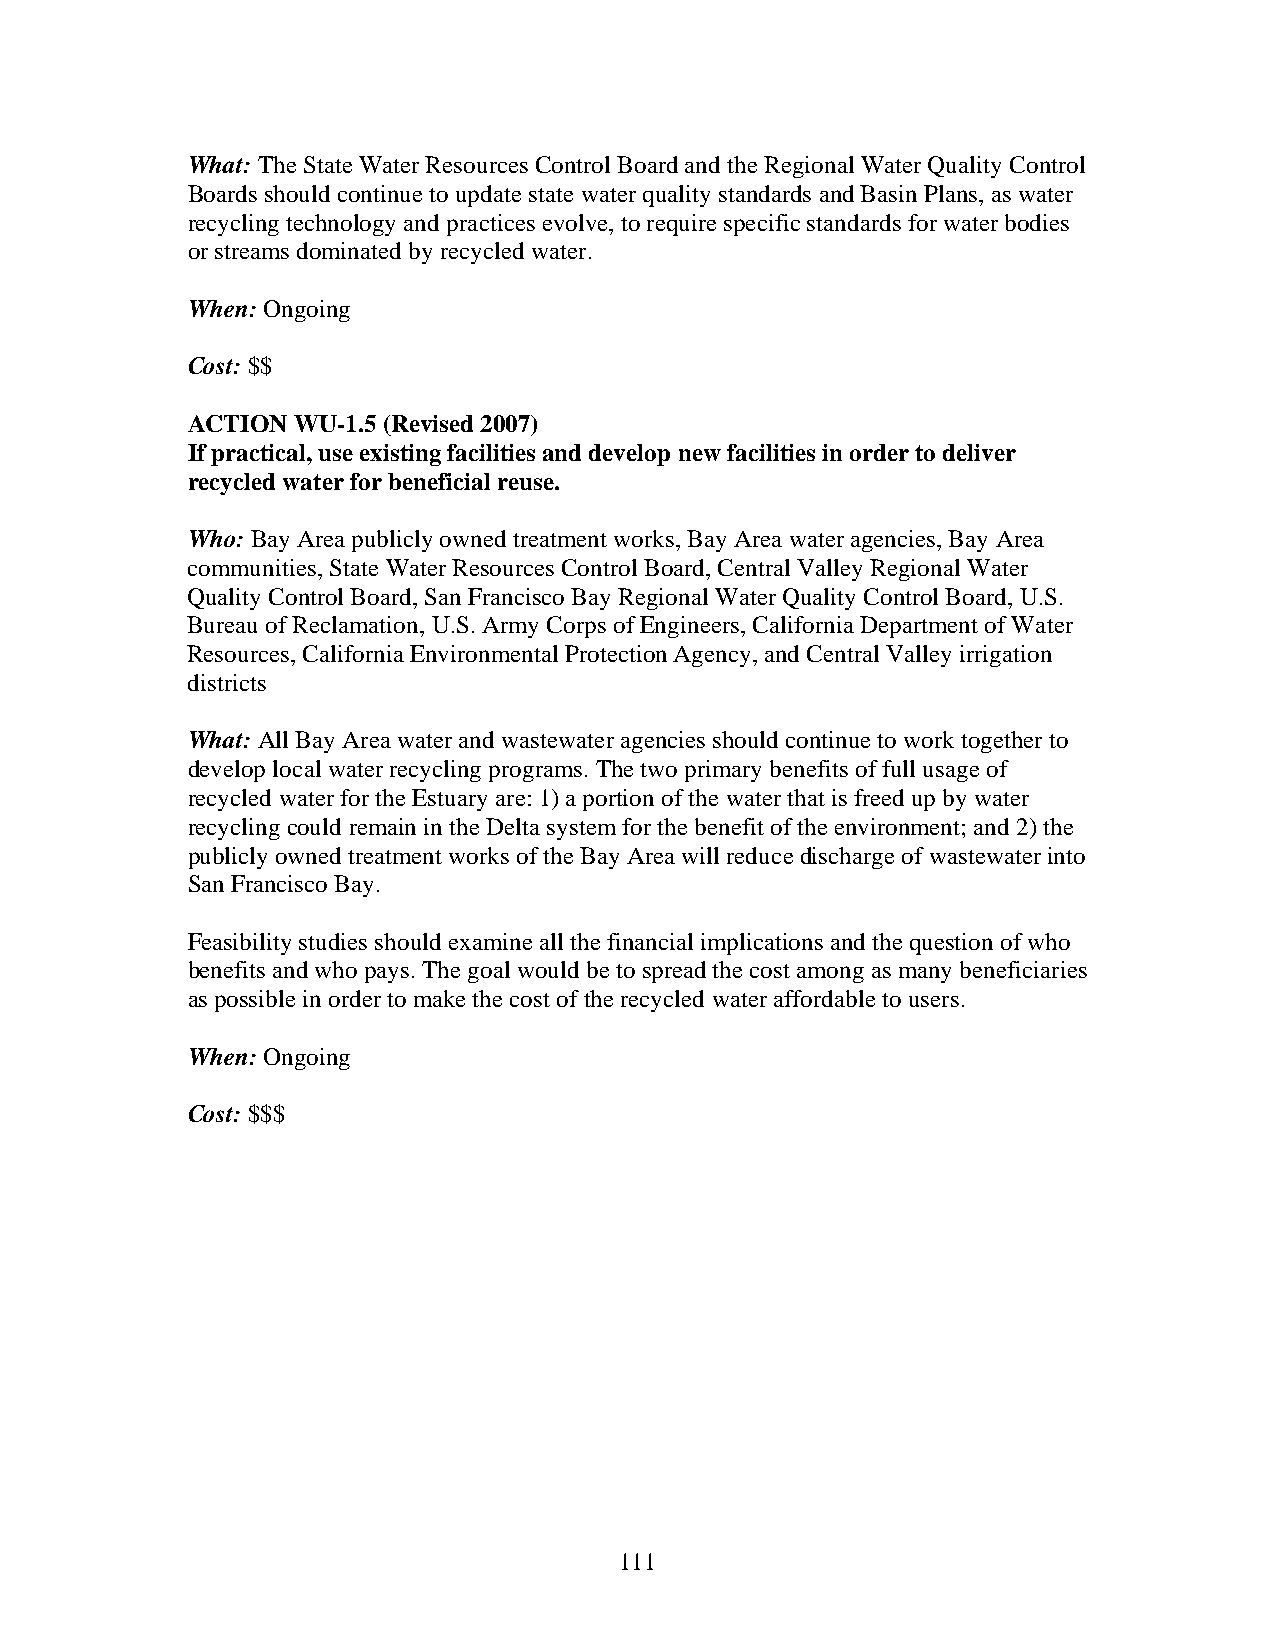
What: The State Water Resources Control Board and the Regional Water Quality Control
 Boards should continue to update state water quality standards and Basin Plans, as water
 recycling technology and practices evolve, to require specific standards for water bodies
 or streams dominated by recycled water.
 When: Ongoing
 Cost: $$
 ACTION WU-1.5 (Revised 2007)
 If practical, use existing facilities and develop new facilities in order to deliver
 recycled water for beneficial reuse.
 Who: Bay Area publicly owned treatment works, Bay Area water agencies, Bay Area
 communities, State Water Resources Control Board, Central Valley Regional Water
 Quality Control Board, San Francisco Bay Regional Water Quality Control Board, U.S.
 Bureau of Reclamation, U.S. Army Corps of Engineers, California Department of Water
 Resources, California Environmental Protection Agency, and Central Valley irrigation
 districts
 What: All Bay Area water and wastewater agencies should continue to work together to
 develop local water recycling programs. The two primary benefits of full usage of
 recycled water for the Estuary are: 1) a portion of the water that is freed up by water
 recycling could remain in the Delta system for the benefit of the environment; and 2) the
 publicly owned treatment works of the Bay Area will reduce discharge of wastewater into
 San Francisco Bay.
 Feasibility studies should examine all the financial implications and the question of who
 benefits and who pays. The goal would be to spread the cost among as many beneficiaries
 as possible in order to make the cost of the recycled water affordable to users.
 When: Ongoing
 Cost: $$$
 111